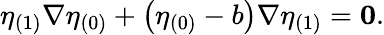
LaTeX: \eta_{(1)}\nabla\eta_{(0)}+\left(\eta_{(0)}-b\right)\nabla\eta_{(1)}=\mathbf{0}.